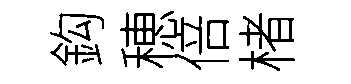
鈎穂倍楮